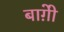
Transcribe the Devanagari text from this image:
बाग़ोे